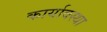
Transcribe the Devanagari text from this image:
कार्यावस्था